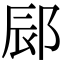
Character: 䣅